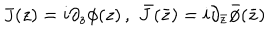
J ( z ) = i \partial _ { z } \phi ( z ) \, , \, \, \bar { J } ( \bar { z } ) = i \partial _ { \bar { z } } \bar { \phi } ( \bar { z } )